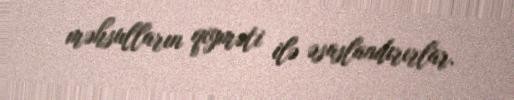
məhsulların qiyməti ilə əsaslandırırlar.